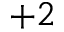
+ 2